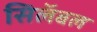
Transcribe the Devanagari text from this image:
सिलॅबल